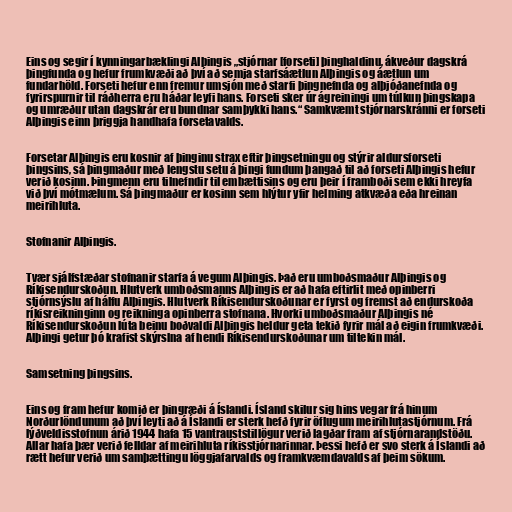
Eins og segir í kynningarbæklingi Alþingis „stjórnar [forseti] þinghaldinu, ákveður dagskrá
þingfunda og hefur frumkvæði að því að semja starfsáætlun Alþingis og áætlun um
fundarhöld. Forseti hefur enn fremur umsjón með starfi þingnefnda og alþjóðanefnda og
fyrirspurnir til ráðherra eru háðar leyfi hans. Forseti sker úr ágreiningi um túlkun þingskapa
og umræður utan dagskrár eru bundnar samþykki hans.“ Samkvæmt stjórnarskránni er forseti
Alþingis einn þriggja handhafa forsetavalds.

Forsetar Alþingis eru kosnir af þinginu strax eftir þingsetningu og stýrir aldursforseti
þingsins, sá þingmaður með lengstu setu á þingi fundum þangað til að forseti Alþingis hefur
verið kosinn. Þingmenn eru tilnefndir til embættisins og eru þeir í framboði sem ekki hreyfa
við því mótmælum. Sá þingmaður er kosinn sem hlýtur yfir helming atkvæða eða hreinan
meirihluta.

Stofnanir Alþingis.

Tvær sjálfstæðar stofnanir starfa á vegum Alþingis. Það eru umboðsmaður Alþingis og
Ríkisendurskoðun. Hlutverk umboðsmanns Alþingis er að hafa eftirlit með opinberri
stjórnsýslu af hálfu Alþingis. Hlutverk Ríkisendurskoðunar er fyrst og fremst að endurskoða
ríkisreikninginn og reikninga opinberra stofnana. Hvorki umboðsmaður Alþingis né
Ríkisendurskoðun lúta beinu boðvaldi Alþingis heldur geta tekið fyrir mál að eigin frumkvæði.
Alþingi getur þó krafist skýrslna af hendi Ríkisendurskoðunar um tiltekin mál.

Samsetning þingsins.

Eins og fram hefur komið er þingræði á Íslandi. Ísland skilur sig hins vegar frá hinum
Norðurlöndunum að því leyti að á Íslandi er sterk hefð fyrir öflugum meirihlutastjórnum. Frá
lýðveldisstofnun árið 1944 hafa 15 vantrauststillögur verið lagðar fram af stjórnarandstöðu.
Allar hafa þær verið felldar af meirihluta ríkisstjórnarinnar. Þessi hefð er svo sterk á Íslandi að
rætt hefur verið um samþættingu löggjafarvalds og framkvæmdavalds af þeim sökum.